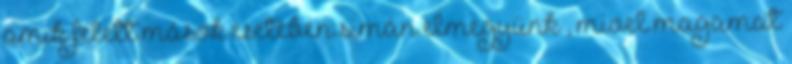
amik felett mások esetében simán elmegyünk , mivel magamat